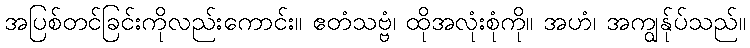
အပြစ်တင်ခြင်းကိုလည်းကောင်း။ ဧတံသဗ္ဗံ၊ ထိုအလုံးစုံကို။ အဟံ၊ အကျွန်ုပ်သည်။